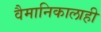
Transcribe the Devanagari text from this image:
वैमानिकालाही